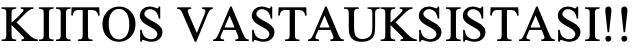
KIITOS VASTAUKSISTASI!!